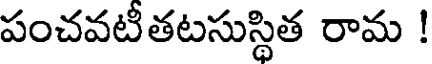
పంచవటీతటసుస్థిత రామ !